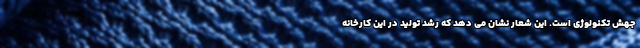
جهش تکنولوژی است. این شعار نشان می دهد که رشد تولید در این کارخانه